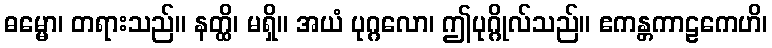
ဓမ္မော၊ တရားသည်။ နတ္ထိ၊ မရှိ။ အယံ ပုဂ္ဂလော၊ ဤပုဂ္ဂိုလ်သည်။ ဧကန္တကာဠကေဟိ၊